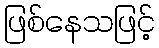
ဖြစ်နေသဖြင့်